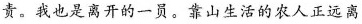
责。我也是离开的一员。靠山生活的农人正远离